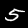
Label: 5